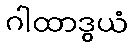
ဂါထာဒွယံ